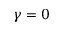
\gamma = 0